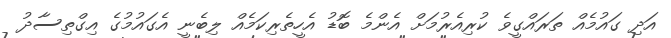
އަދި ގައުމެއް ތަރައްގީވެ ކުރިއެރުމަށް އެންމެ ބޮޑު އެހީތެރިކަމެއް ލިބެނީ އެގައުމުގެ އިގްތިސާދު